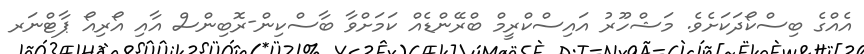
އެއްގެ ބިސްކޯދަކަށެވެ. މަޝްހޫރު އައިސްކްރީމް ބްރޭންޑެއް ކަމަށްވާ ބާސްކިން-ރޮބިންސް އާއި އޯރިއޯ ޕާޓްނަރ